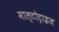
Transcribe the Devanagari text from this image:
माल्टोट्राइज